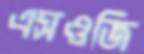
এসওজি